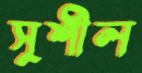
সুশীল